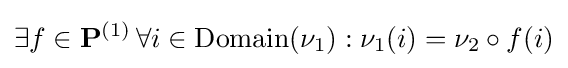
\exists f\in \mathbf {P} ^{(1)}\,\forall i\in \mathrm {Domain} (\nu _{1}):\nu _{1}(i)=\nu _{2}\circ f(i)